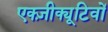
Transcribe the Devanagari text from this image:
एक्ज़ीक्यूटिवों